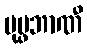
ပုပ္ဖဘာဏီ